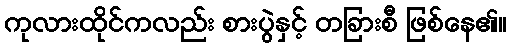
ကုလားထိုင်ကလည်း စားပွဲနှင့် တခြားစီ ဖြစ်နေ၏။